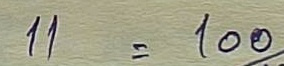
11 = 100